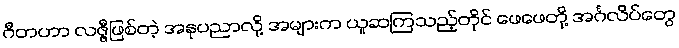
ဂီတဟာ လဇ္ဇီဖြစ်တဲ့ အနုပညာလို့ အများက ယူဆကြသည့်တိုင် ဖေဖေတို့ အင်္ဂလိပ်တွေ